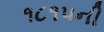
૧૮૧૫ની